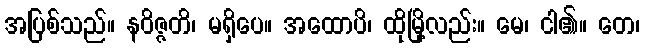
အပြစ်သည်။ နဝိဇ္ဇတိ၊ မရှိပေ။ အထောပိ၊ ထိုမြို့လည်း။ မေ၊ ငါ၏။ တေ၊